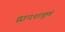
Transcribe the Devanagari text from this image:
द्वादशगुणं